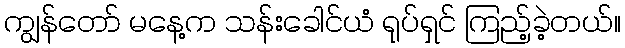
ကျွန်တော် မနေ့က သန်းခေါင်ယံ ရုပ်ရှင် ကြည့်ခဲ့တယ်။